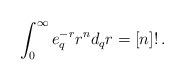
\begin{align*}\int_{0}^{\infty}e_q^{-r}r^{n}d_qr=[n]! \, .\end{align*}